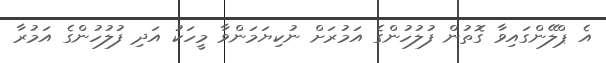
އެ ޕްލޭންގައިވާ ގޮތުން ފުލުހުންގެ އަމުރަށް ނުކިޔަމަންވާ މީހަކު އަދި ފުލުހުންގެ އަމުރާ